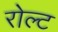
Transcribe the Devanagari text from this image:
रोल्ट